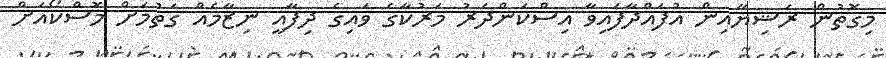
މިގޮތުން ރަޝިޔާއިން އުފައްދާފައިވާ އިސްކަންދަރު މަރުކާގެ ވައިގެ ދިފާއީ ނިޒާމެއް ގަތުމަށް މޮސްކޯއަށް